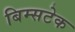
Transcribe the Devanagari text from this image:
बिम्सटेक